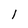
Character: 1